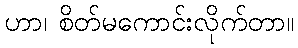
ဟာ၊ စိတ်မကောင်းလိုက်တာ။